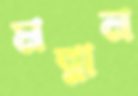
মন্নান